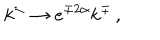
LaTeX: k ^ { \pm } \rightarrow e ^ { \mp 2 \alpha } k ^ { \mp } \, ,